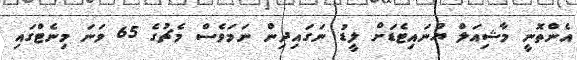
އެންތޮނީ މާޝިއަލް ޔުނައިޓެޑަށް ލީޑު ނަގައިދިން ނަމަވެސް މެޗުގެ 65 ވަނަ މިނެޓްގައި